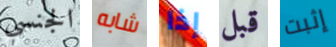
الجنسي شابه إذا قبل إثبت